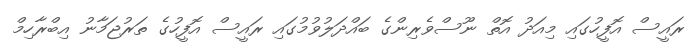
ރައީސް އޮފީހުގައި މިއަދު އޮތް ނޫސްވެރިންގެ ބައްދަލުވުމުގައި ރައީސް އޮފީހުގެ ތަރުޖަމާނު އިބްރާހިމް